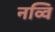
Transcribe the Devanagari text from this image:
नव्वि